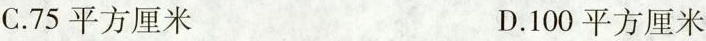
C.75平方厘米 D.100平方厘米